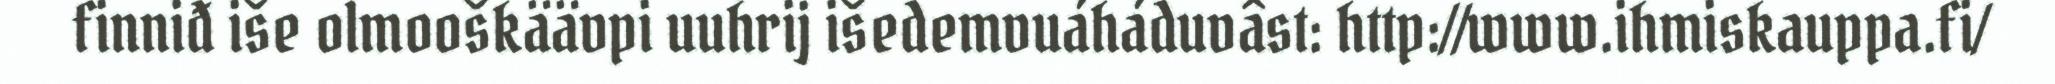
finniđ iše olmooškäävpi uuhrij išedemvuáháduvâst: http://www.ihmiskauppa.fi/